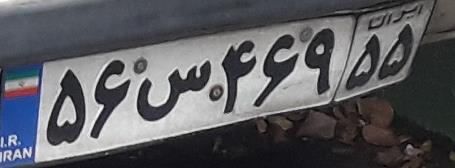
۵۶س۴۶۹۵۵